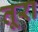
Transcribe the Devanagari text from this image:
तूरा